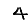
Digit: 4